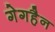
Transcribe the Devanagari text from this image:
गेगहैन